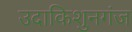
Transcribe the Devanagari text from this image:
उदाकिशुनगंज